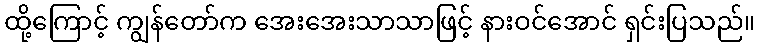
ထို့ကြောင့် ကျွန်တော်က အေးအေးသာသာဖြင့် နားဝင်အောင် ရှင်းပြသည်။